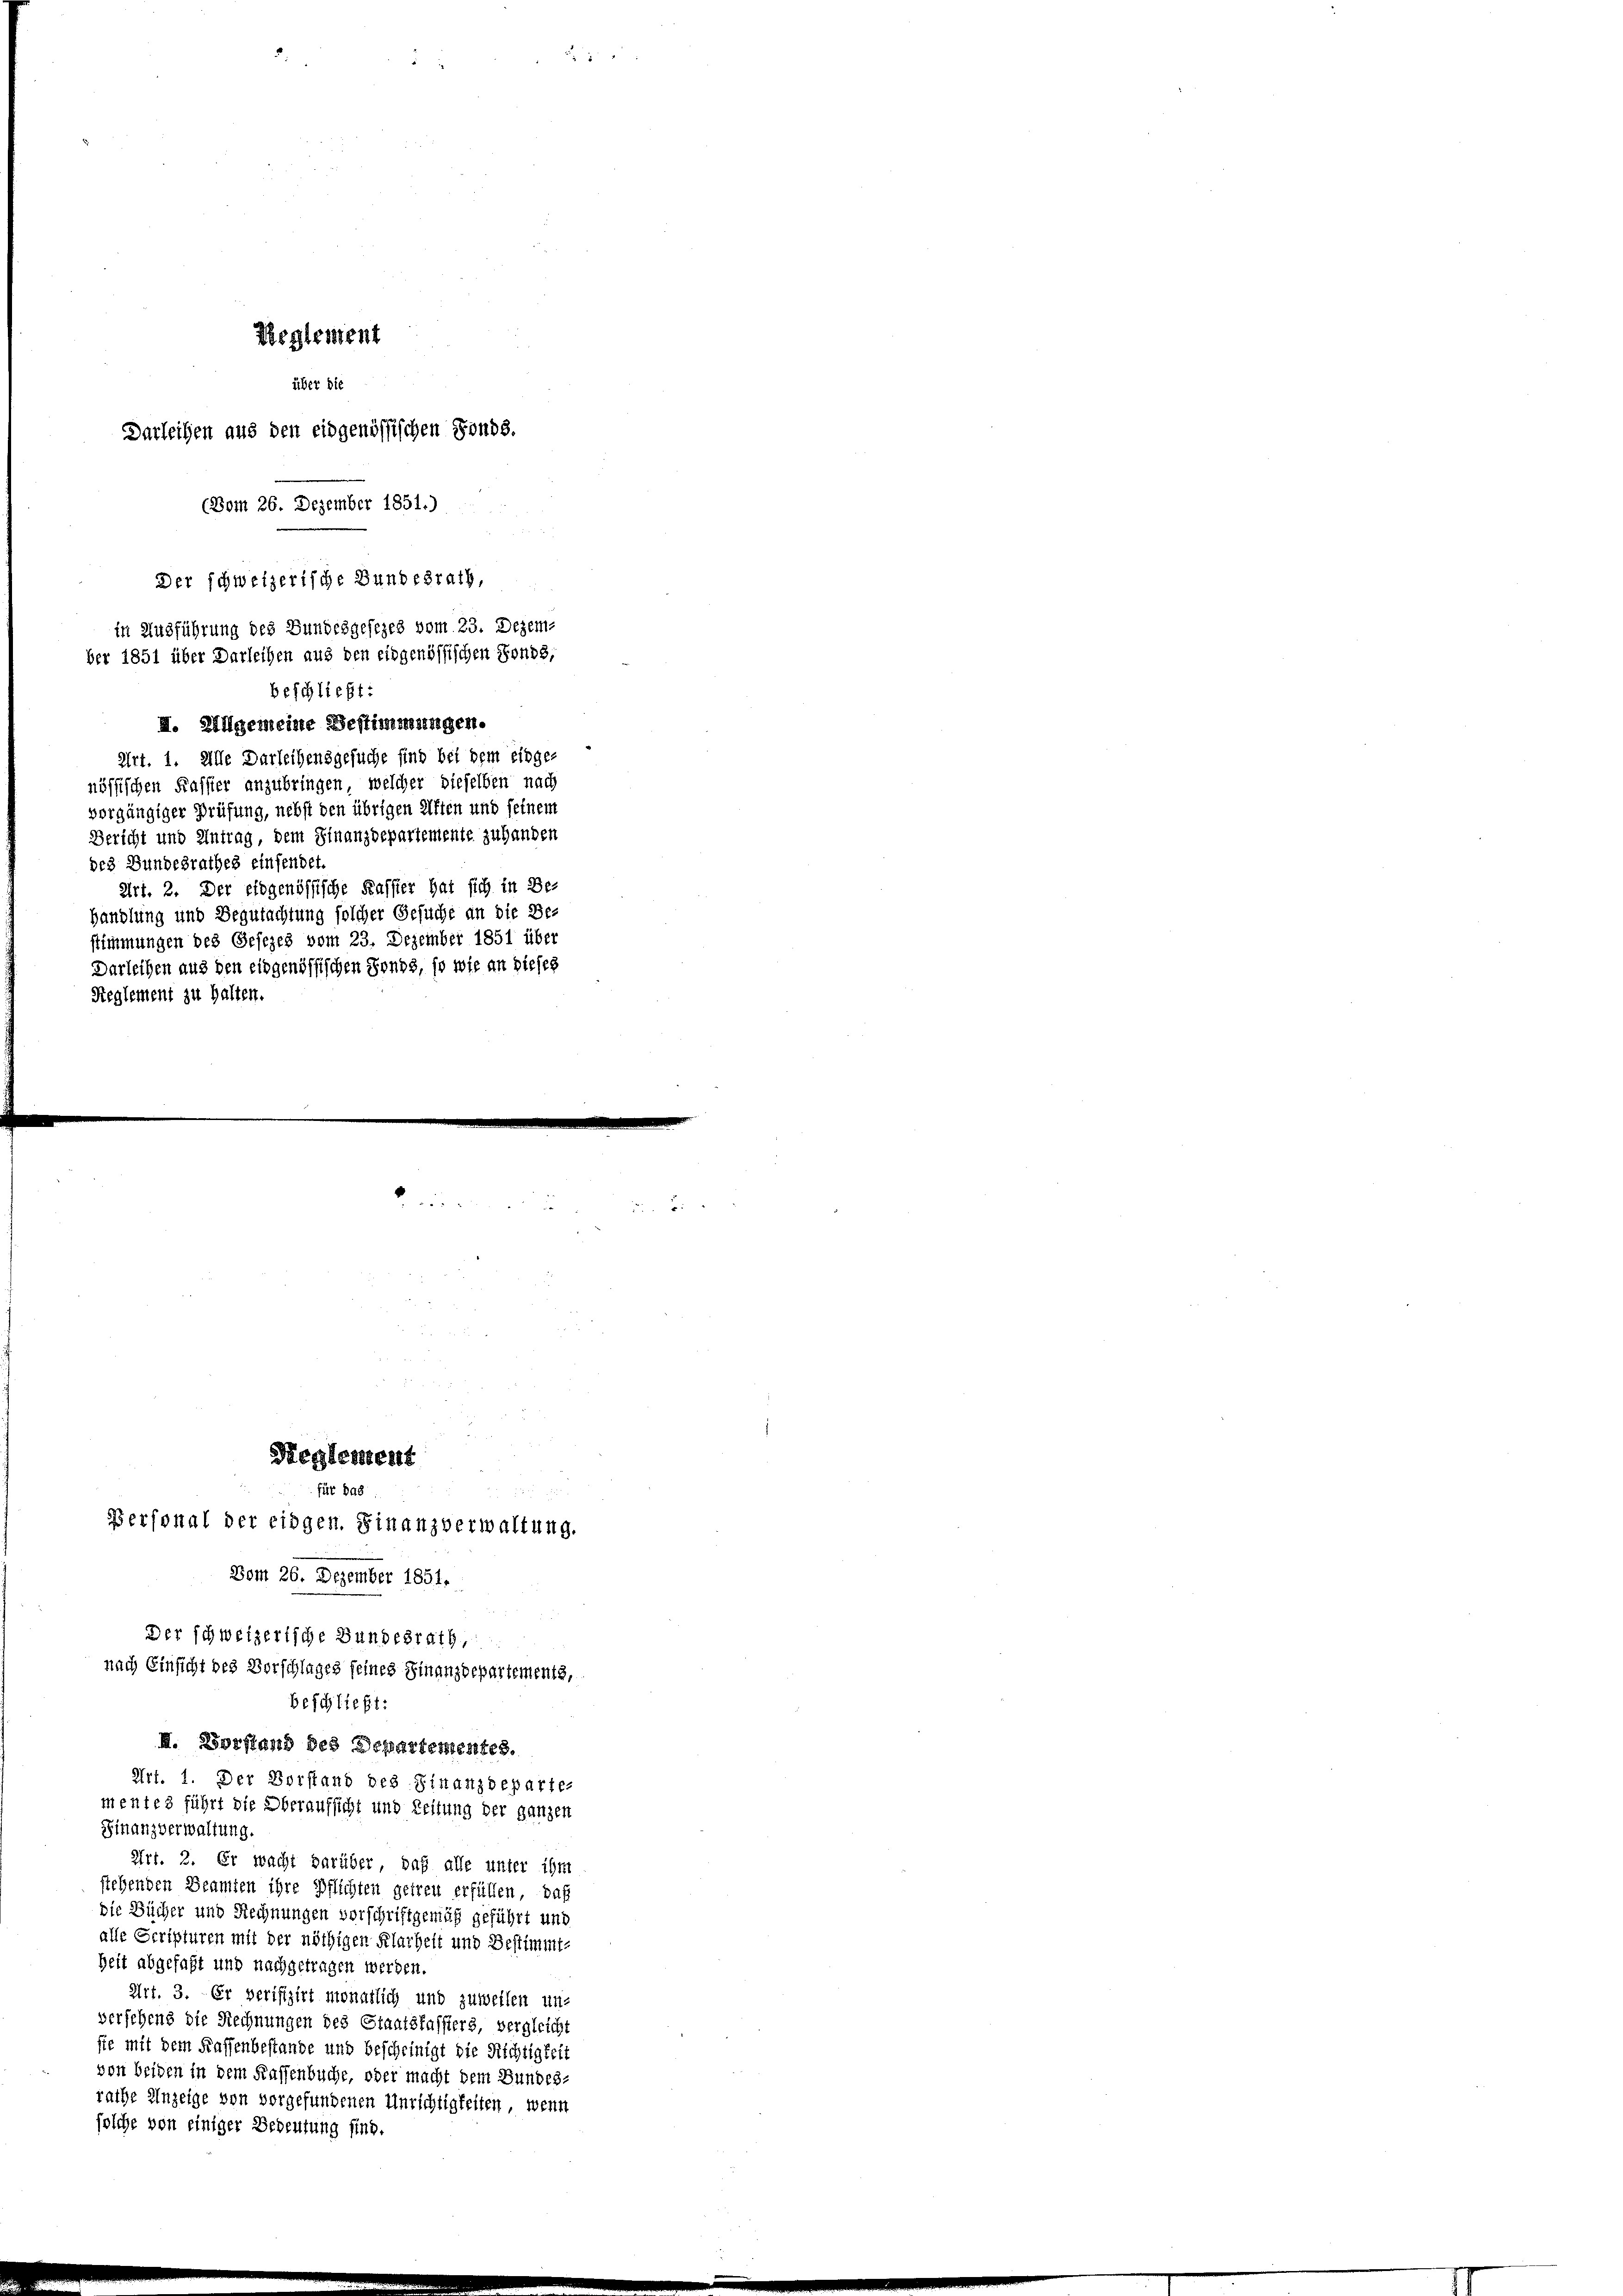
Reglement
über die
Darleihen aus den eidgenössischen Fonds.
(Vom 26. Dezember 1851.)
Der schweizerische Bundesrath,
in Ausführung des Bundesgesezes vom 23. Dezem-
ber 1851 über Darleihen aus den eidgenössischen Fonds,
beschließt:
II. Allgemeine Bestimmungen.
Art. 1. Alle Darleihensgesuche sind bei dem einger
nössischen Kassier anzubringen, welcher dieselben nach
vorgängiger Prüfung, nebst den übrigen Aften und seinem
Bericht und Antrag, dem Finanzdepartemente zu handen
des Bundesrathes einsendet.
Art. 2. Der eidgenössische Kassier hat sich in Be-
handlung und Begutachtung solcher Gesuche an die Be-
stimmungen des Gesezes vom 23. Dezember 1851 über
Darleihen aus den eidgenössischen Fonds, so wie an dieses
Reglement zu halten.

.
u
Reglement
für das
Personal der eidgen. Finanzverwaltung.
Dom 26. Dezember 1851.

Finanzverwaltung.
Art. 2. Er wacht darüber, daß alle unter ihre
stehenden Beamten ihre Pflichten geiren erfüllen, daß
die Bücher und Rechnungen vorschriftgemäß geführt und
alle Scripturen mit der nöthigen Klarheit und Bestimmt-
Zeit abgefaßt und nachgetragen werden.
Art. 3. Er verifizirt monatlich und zuweilen un-
versehens die Rechnungen des Staatskassiers, vergleicht
sie mit dem Kaffenbestande und bescheinigt die Richtigkeit
von beiden in dem Kassenbuche, oder macht dem Bundes-
rache Anzeige von vorgefundenen Unrichtigkeiten, wenn
solche von einiger Bedeutung sind.

Der schweizerische Bundesrath,
nach Einsicht des Vorschlages feines Finanzdepartements,
beschließt:
II. Vorstand des Departementes.

Art. 1. Der Vorstand des Finanzdeparte-
mentes führt die Oberaufsicht und Zeitung der ganzen